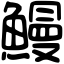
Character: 鰻